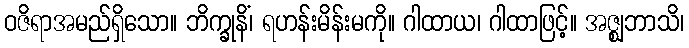
ဝဇိရာအမည်ရှိသော။ ဘိက္ခုနိံ၊ ရဟန်းမိန်းမကို။ ဂါထာယ၊ ဂါထာဖြင့်။ အဇ္ဈဘာသိ၊